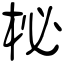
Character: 柲